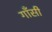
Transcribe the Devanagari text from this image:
गाँसी